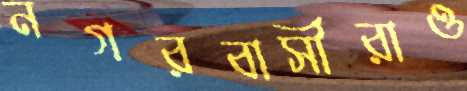
নগরবাসীরাও